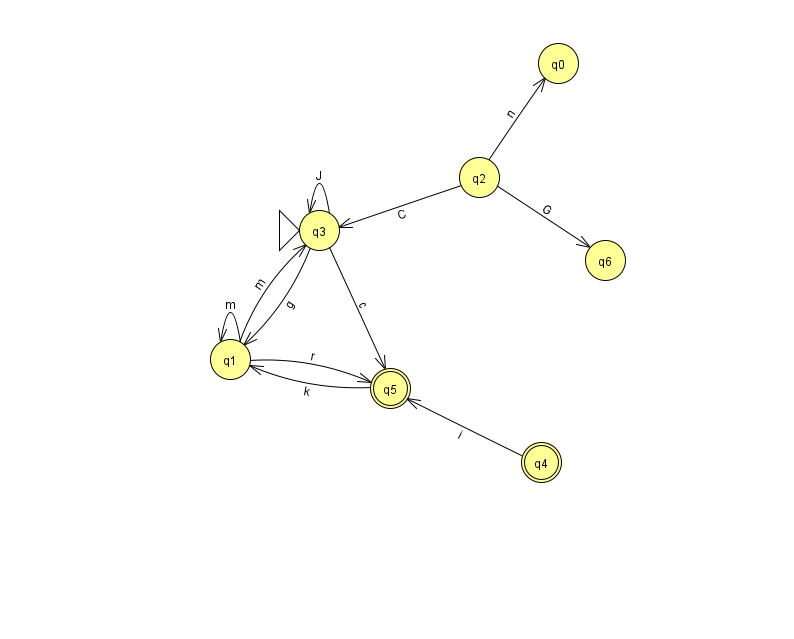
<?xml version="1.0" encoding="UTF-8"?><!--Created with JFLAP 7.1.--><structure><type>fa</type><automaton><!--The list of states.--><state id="0" name="q0"><x>558.0</x><y>50.0</y></state><state id="1" name="q1"><x>230.0</x><y>346.0</y></state><state id="2" name="q2"><x>479.0</x><y>164.0</y></state><state id="3" name="q3"><x>319.0</x><y>217.0</y><initial/></state><state id="4" name="q4"><x>541.0</x><y>449.0</y><final/></state><state id="5" name="q5"><x>390.0</x><y>375.0</y><final/></state><state id="6" name="q6"><x>605.0</x><y>247.0</y></state><!--The list of transitions.--><transition><from>3</from><to>1</to><read>g</read></transition><transition><from>2</from><to>6</to><read>G</read></transition><transition><from>5</from><to>1</to><read>k</read></transition><transition><from>1</from><to>3</to><read>m</read></transition><transition><from>2</from><to>3</to><read>C</read></transition><transition><from>3</from><to>3</to><read>J</read></transition><transition><from>3</from><to>5</to><read>c</read></transition><transition><from>4</from><to>5</to><read>i</read></transition><transition><from>1</from><to>1</to><read>m</read></transition><transition><from>1</from><to>5</to><read>r</read></transition><transition><from>2</from><to>0</to><read>n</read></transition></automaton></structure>